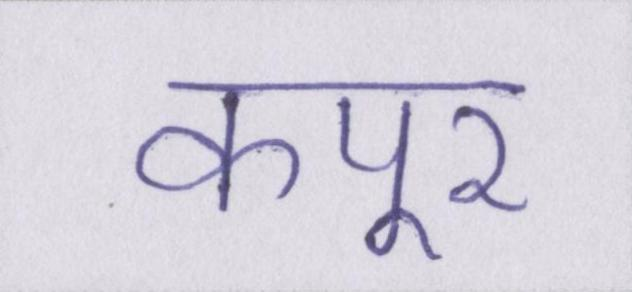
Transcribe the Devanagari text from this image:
कपूर